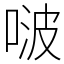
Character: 啵